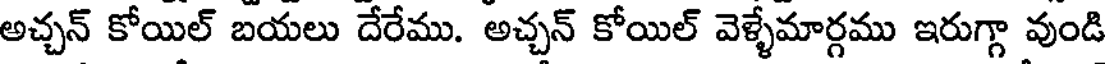
అచ్చన్ కోయిల్ బయలు దేరేము. అచ్చన్ కోయిల్ వెళ్ళేమార్గము ఇరుగ్గా వుండి